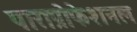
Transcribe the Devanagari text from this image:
पाराप्रोफेशनल